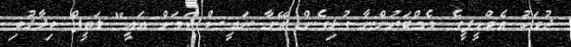
ދުވަހު އެމްޑީޕީގެ މެމްބަރުންނާ ގުޅިގެން އޭނާ ރައީސް ކަމަށް އައީ" ލަތީފް ވިދާޅުވި